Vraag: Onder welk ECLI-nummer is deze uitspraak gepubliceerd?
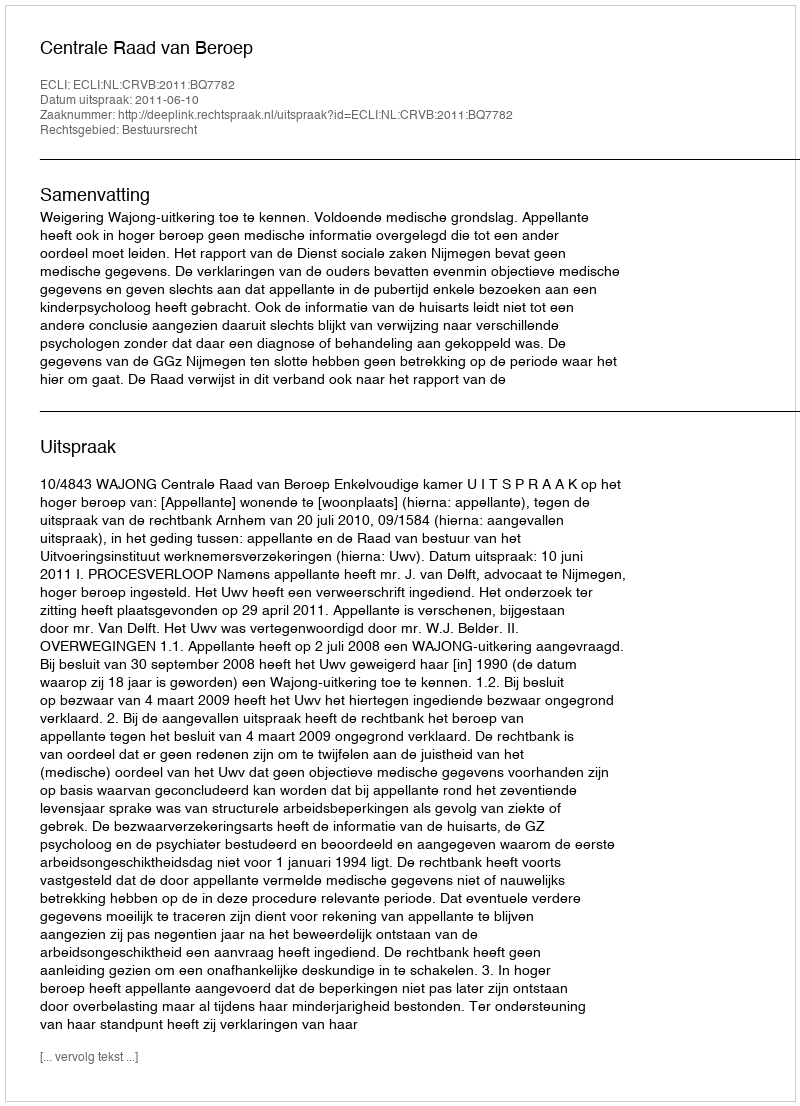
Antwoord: ECLI:NL:CRVB:2011:BQ7782